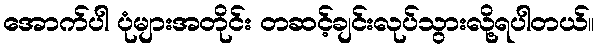
အောက်ပါ ပုံများအတိုင်း တဆင့်ချင်းလုပ်သွားလို့ရပါတယ်။